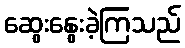
ဆွေးနွေးခဲ့ကြသည်